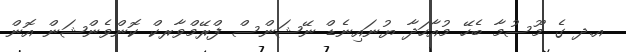
އ.ދ ގެ މޫސުމާ ބެހޭ މުއާހަދާ ޔުނައިނެޑް ނޭޝަންސް ފްރޭމްވާރކް ކޮންވެންޝަން އޮން